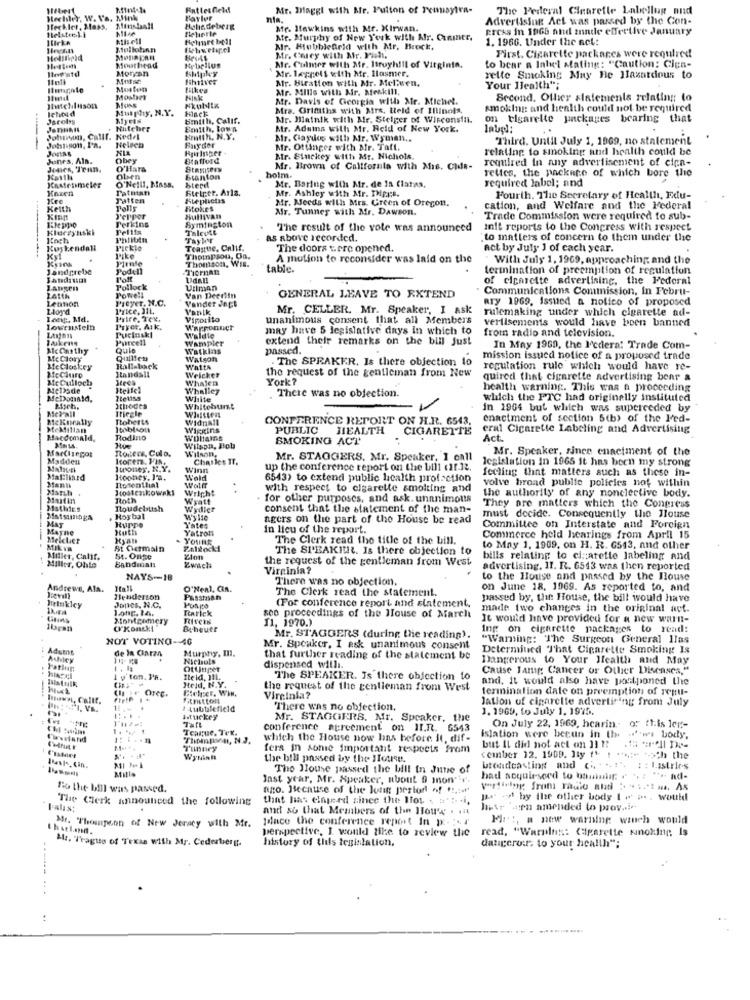
Fatteshield
Mr. Maggl with Mr. Pulton of Trusyira-
The Federal Cinarefle Labellug and
Hechter. W. V's, Mink
Taylor
nia.
Advertising Act was passed by the Con-
Ilechlet, Mass.
Helstcell
Mr. Ifawkins with Mr. Kirwan.
press in 1965 and zande effective January
Mis ell
Afr. Murphy of New York with Mr. Conmer.
1. 1966. Under the act:
Mr. HubbleGeld with Mr. Brock,
First. Cigarette packares were required
Mourhead
Mr. Carey with Mr. Fish.
Moncon
Mr. Culmer with Air. Itroyhill of Vitginin.
Mr. leppelt with Afr. Ilasmer.
to bear a Inhel stating: "Caution: Clen-
Muse
Shtiver
Mr. Biration with Mr. Melluen.
rette Smoking May Be Hazardous to
Mosten
filkes
Afr. Mills with Mr. heskill,
Your Ilealth";
Mosher
Mr. Davis of Georgia wiila Mr. Michet.
Second. Other statements relating to
Jutchilison
Murphy, N.Y.
Nkublix
Mrs. Griffiths with Mrs. Leld of Illinois.
smoking: and health could not be required
Jacobs
Myets
Smith, Calif.
Mr. Matalk with Air. Steiger of Wisconsin.
on cigarette packages bearing t
Nitcher
Emith, Bown
Mr. Adains with Mr. Reid of New York.
label:
Johnun, Callf. Kedel
Baryder
Hmlth, N.Y.
Mr. Gaydos with Mr. Wyman ..
Third. Until July 1, 1969, no statement
JOURS
Johnson, I'm.
NIA
Nelsen
Kpringer
Mr. Ottinger with Ar. Taft.
relating to smoking and health could be
Juanes, Als.
Obey
Stafford
Mr. Stuckey with Mr. Nichols.
required in any advertisement of cica-
Jones, Tran.
O'Hara
Mr. Brown of California with Mis. Clds-
rettes, the package of which bore the
oben
O'Nelli, Mass.
Sterd
Stanton
holm.
Mr. Baring with Mr. de In Claras,
required label; and
Knxen
Patmian
Stetper. Arla.
Mr. Ashley with Mr. PHprs.
Tatten
Kteplictas
Mr. Needs with Mrs. Green of Oregon.
Fourth, The Secretary of Health, Edu-
Keith
Polls
Sitokes
Mr. Tunney with Mr. Dawson.
cation, and Welfare and the Federal
Eleppo
Pepper
Perkins
Sullivan
Symington
Trade Commission were required to sub-
Klaczynski
Peltis
Thleute
The result of the vote was announced
Init reports to the Congress with respect
Koch
Taylor
as above recorded.
"to matters of concern to them under the
Kuykendahl
Toaste, Calif.
The doors were opened.
act by July 1 of each year.
Pirate
Thompson, Oa.
Thomson, Wil.
A motion to reconsider was laid on the
With July 1. 1969, approaching and the
Jandgrebe
Podell
table.
lerinination of preemption of regulation
of cigarette advertising, the Federal
ZAngen
Pollock
Ullman
Communications Commission, In Februt-
Lennon
Preyer, N.C.
Powell
Van Deerin
Vander Jagt
GENERAL LEAVE TO EXTEND
ary 1969, Issued a notico of proposed
I'rice, Ji1.
Vanik
Mr. CELLER. Mr. Speaker, I Ask
rulemaking under which cigarette ad-
Lang, Md.
Price, Tex.
Viposito
unanimous consent that all Members
verlisements would have been banned
Lowrusteln
Pryet, Aik.
Warponuct
may have 5 legislative days in which to
from radio and television.
1aukens
Purcell
Pucinskl
WamPICt
Waldie
extend their remarks on the bill Just
Mccarthy
Quie
Watkins
passed.
In May 1969, the I'edera: Trade Com-
Me CIory
Watson
. The SPEAKER, Is there objection to
mission issued notice of a proposed trade
Le Closkey
Itandall
Rallaback
Watts
Welcker
the request of the gentleman from New
recutation rule which would have re-
Me Culloch
Whalen
York?
quired that cigarette advertising benr &
Metade
Itelfel
Whalley
. There was no objection.
health warning. This was a proceeding
McDonald,
Tleuss
White
which the FTC had originally instituted
MeP'all
Triegle
Whiteburt
in 1964 but which was superceded by
Mekurally
Ttoberts
Widnall
CONFERENCE REPORT ON H.R. 6543.
enactment of section 5(b> of the Fed-
Wiggins
PUBLIC
HEALTH
CIGARETTE
cral Cigarette Labeling and Advertising
Macdonald,
Rodino
SMOKING ACT
Act
Rogers, Culo,
Wilson, Bob
Mr. Speaker, since ennetment of the
Madden
Itoren. J .,
Charles IT.
Mr. STAGGERS. Mr. Speaker, 1 onll
legislation in 1965 it has been my strong
Itroney, N.Y.
Winn
up the conference report on the bill chr.12.
feeling that matters such as these in-
Mat:lined
Hochey. J'9.
Wold
6543) to extend public health protection
volve broad publie policies not within
March
Jostenkowski
Wright
Wolff
with respect to cigarette smolting and
the authority of any nonclective body.
Martin
Roth
Wyatt
for other purposes, and ask. unanimous
Mathies
Tloudebtish
Wiedler
consent that the statement of the man-
They are matters which the Congress
Matsunaga
MAT
Hoybal
Wy110
agers on the part of the House be read
must decide. Consequently the House
Mayne
Huth
Huppe
Y'atron
Y'ates
in lieu of the report.
Committee on Interstate and Foreign
Melclier
YOURE
The Clerk read the title of the bill.
Commerce held hearings from April 15
MILVA
St Germain
The SPEAKER. Is there objection to
to May 1, 1909, on H. R. 6543, and other
Miller, Calif.
St. Onge
Babdmalı
Clon
the request of the gentleman from West
bills relating to cigarette labeling and
Miller, Ohio
Virginia?
advertising, 11. R. 6543 was then reported
NAYS-18
There was no objection.
to the House and passed by the Blouse
Andrews, Ala.
O'Neal, GR.
The Clerk read the statement.
on June 18. 1969. As reported to, and
Henderson
passed by, the House, the bill would have
Pelukley
Jonles, N.C.
Rarick
(For conference report and statement.
made two changes in the original avt.
Montgomery
seo proceedings of the House of March
11. 1970.)
It would have provided for a new warn-
Byheuer
Ing on cigarette packages to read:
NOT VOTING -- 40
Mr. STAGGERS (during the reading).
"Warning: "The Surgeon General Ilas
Adutns
de la Ciarza
Murphy, Il.
Mr. Speaker, I ask unanimous consent
Determined That Cigarette Smoking Is
Nichols
that further reading of the statement be
Dangerous to Your Health and May
Ottinger
dispensed willi.
Cause Jamg Cancer or Other Diseases,"
1 y ton. M'A.
Iteld. ]IL.
The SPEAKER. Is there objection to
and. it would also have postponed the
Oreg.
Hejd. N.Y.
the request of the gentleman from West
termination date on preemption of refu-
uwPL, Callt.
Fitmitton
Virginia?
lation of cigarette advertising from July
# 4ubialefield
There was no objection.
1. 1969, to July 1, 1975.
Istuckey
Mr. STAGGERS, Mr. Speaker, the
On July 22, 1969, hcarin- of this ler-
Teague, Tex.
conference agreement on II.R. 6543
"Thompson, N.J.
which the House now has before it, dif-
islation were beeun in the -- ws body.
Tunney
fera in some Important respects from
but IL did not act on Ji !!
Wyminl
the bill passed by the House.
cember 12. 1909. Ity f* t *et- -- >ch the
Mills
The House passed the bill in June of
broadcasting and (h. . .. : ". : : 1.35tries
Inst year, Mr. Speaker, nbout 9 mom" .
had acquiesced to Daundir. . . : "" hd-
To the bill was passed.
ngo. Because of the long pertor of f.to
yerlining from radio and : "i'm, As
The Clerk announced the following
that lias elagerd since the Bios . = ' !. . i.
Je - by the other body 1 " >. would
Falas
and so that Members of the House . rit
hetr 'aen amended to prov .. i .-
palace the conference report In p:
Met, a new warning wauch would
Mr. Thompson of New Jersey with Mr.
perspective, I would like to review the
read, "Warulus: Cigarette sinoking, Is
Alt. Tragtto of Texas With Mr. Cederberg.
history of tids tenistation.
dangeror: to your health";